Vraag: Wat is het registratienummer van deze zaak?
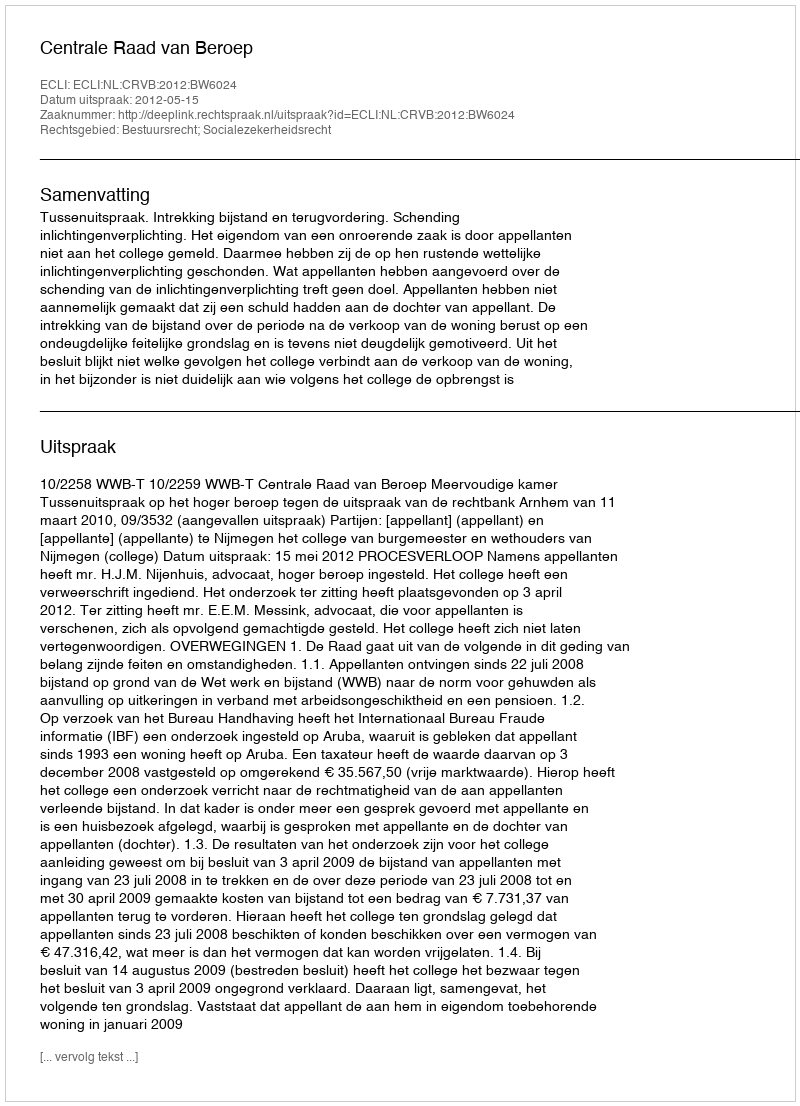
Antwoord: http://deeplink.rechtspraak.nl/uitspraak?id=ECLI:NL:CRVB:2012:BW6024